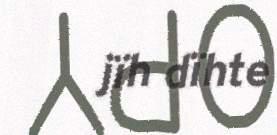
jïh dïhte